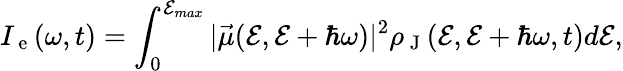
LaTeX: I_{\mathrm{~e~}}(\omega,t)=\int_{0}^{\mathcal{E}_{max}}|\vec{\mu}(\mathcal{E},\mathcal{E}+\hbar\omega)|^{2}\rho_{\mathrm{~J~}}(\mathcal{E},\mathcal{E}+\hbar\omega,t)d\mathcal{E},